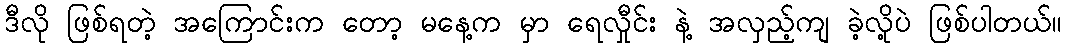
ဒီလို ဖြစ်ရတဲ့ အကြောင်းက တော့ မနေ့က မှာ ရေလှီုင်း နဲ့ အလှည့်ကျ ခဲ့လို့ပဲ ဖြစ်ပါတယ်။